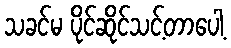
သခင်မ ပိုင်ဆိုင်သင့်တာပေါ့